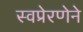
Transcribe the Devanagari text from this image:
स्वप्रेरणेने